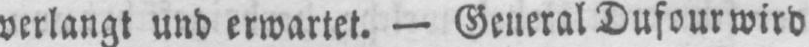
verlangt und erwartet. - General Dufourwird